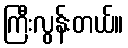
ကြီးလွန်းတယ်။